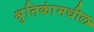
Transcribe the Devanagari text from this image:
श्रुतिकांमधील